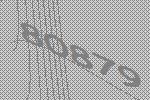
80879